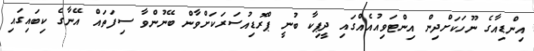
އިންޑިއާގެ ނޫހަކަށްދިން އިންޓަވިއުއެއްގައި ދީޕިކާ ބުނީ ޕްރޮޑިއުސަރަކަށްވާން ބޭނުންވާ ސިފަތައް އޭނާގެ ކިބައިގައި